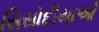
સિસોદીયાઓ